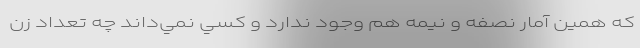
كه همين آمار نصفه و نيمه هم وجود ندارد و كسي نمي‌داند چه تعداد زن